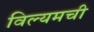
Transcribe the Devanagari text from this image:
विल्यमची